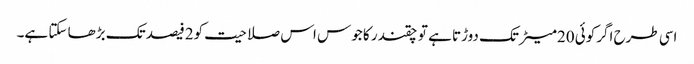
اسی طرح اگرکوئی 20میٹر تک دوڑتا ہے تو چقندر کا جوس اس صلاحیت کو2فیصد تک بڑھا سکتا ہے۔